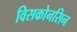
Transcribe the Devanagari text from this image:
विसकोनसिन